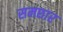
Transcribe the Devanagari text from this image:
समछार